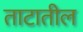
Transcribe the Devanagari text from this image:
ताटातील